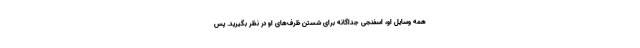
همه وسایل او، اسفنجی جداگانه برای شستن ظرف‌های او در نظر بگیرید. پس